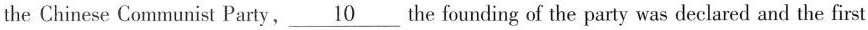
the Chinese Communist Party, \underline{10} the founding of the party was declared and the first